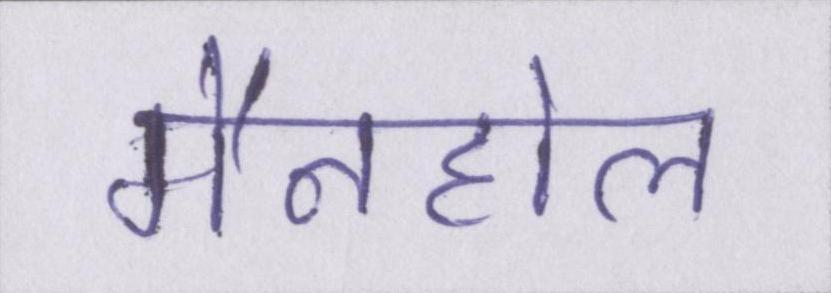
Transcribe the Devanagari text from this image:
मैनहोल